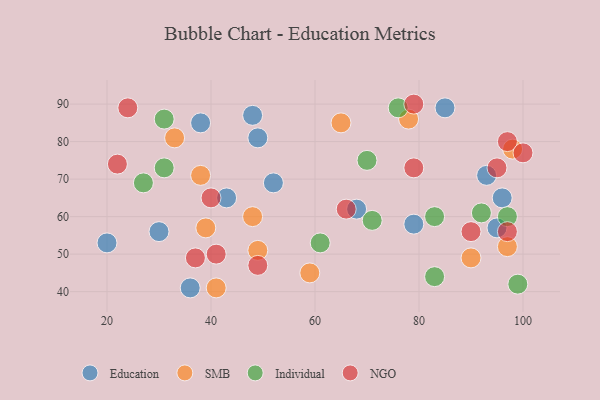
{"axis": {"x": "GDP", "y": "Life Expectancy"}, "legend": ["Education", "Individual", "NGO", "SMB"], "data": [{"x": "49", "y": 81, "type": "Education"}, {"x": "20", "y": 53, "type": "Education"}, {"x": "36", "y": 41, "type": "Education"}, {"x": "93", "y": 71, "type": "Education"}, {"x": "38", "y": 85, "type": "Education"}, {"x": "79", "y": 58, "type": "Education"}, {"x": "48", "y": 87, "type": "Education"}, {"x": "30", "y": 56, "type": "Education"}, {"x": "85", "y": 89, "type": "Education"}, {"x": "95", "y": 57, "type": "Education"}, {"x": "52", "y": 69, "type": "Education"}, {"x": "68", "y": 62, "type": "Education"}, {"x": "96", "y": 65, "type": "Education"}, {"x": "43", "y": 65, "type": "Education"}, {"x": "48", "y": 60, "type": "SMB"}, {"x": "59", "y": 45, "type": "SMB"}, {"x": "38", "y": 71, "type": "SMB"}, {"x": "41", "y": 41, "type": "SMB"}, {"x": "98", "y": 78, "type": "SMB"}, {"x": "39", "y": 57, "type": "SMB"}, {"x": "49", "y": 51, "type": "SMB"}, {"x": "90", "y": 49, "type": "SMB"}, {"x": "78", "y": 86, "type": "SMB"}, {"x": "65", "y": 85, "type": "SMB"}, {"x": "97", "y": 52, "type": "SMB"}, {"x": "33", "y": 81, "type": "SMB"}, {"x": "61", "y": 53, "type": "Individual"}, {"x": "83", "y": 44, "type": "Individual"}, {"x": "70", "y": 75, "type": "Individual"}, {"x": "97", "y": 60, "type": "Individual"}, {"x": "31", "y": 73, "type": "Individual"}, {"x": "71", "y": 59, "type": "Individual"}, {"x": "99", "y": 42, "type": "Individual"}, {"x": "76", "y": 89, "type": "Individual"}, {"x": "83", "y": 60, "type": "Individual"}, {"x": "31", "y": 86, "type": "Individual"}, {"x": "92", "y": 61, "type": "Individual"}, {"x": "27", "y": 69, "type": "Individual"}, {"x": "24", "y": 89, "type": "NGO"}, {"x": "97", "y": 80, "type": "NGO"}, {"x": "97", "y": 56, "type": "NGO"}, {"x": "79", "y": 73, "type": "NGO"}, {"x": "22", "y": 74, "type": "NGO"}, {"x": "66", "y": 62, "type": "NGO"}, {"x": "37", "y": 49, "type": "NGO"}, {"x": "49", "y": 47, "type": "NGO"}, {"x": "90", "y": 56, "type": "NGO"}, {"x": "40", "y": 65, "type": "NGO"}, {"x": "41", "y": 50, "type": "NGO"}, {"x": "79", "y": 90, "type": "NGO"}, {"x": "95", "y": 73, "type": "NGO"}, {"x": "100", "y": 77, "type": "NGO"}]}